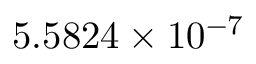
5 . 5 8 2 4 \times 1 0 ^ { - 7 }